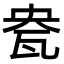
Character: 㼜